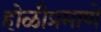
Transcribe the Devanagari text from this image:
होळीप्रमाणे